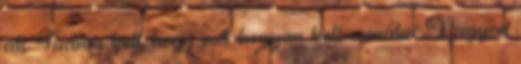
áll. Tudnia kell, hogy mit hogyan kell csinálni. Nagyon